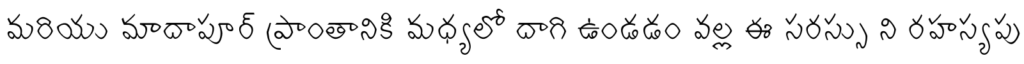
మరియు మాదాపూర్ ప్రాంతానికి మధ్యలో దాగి ఉండడం వల్ల ఈ సరస్సు ని రహస్యపు